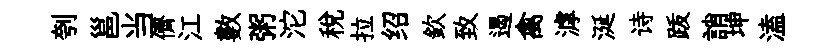
刳邕当儕江數粥沱税拉绍欽致遏禽滹涎诗䟦誚坤溘